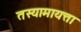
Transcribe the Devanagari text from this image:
तस्यामायत्ता